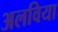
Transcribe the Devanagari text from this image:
अलविया